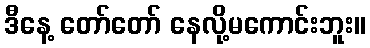
ဒီနေ့ တော်တော် နေလို့မကောင်းဘူး။